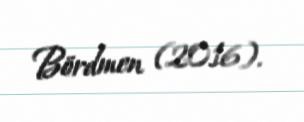
Bördmen (2016).